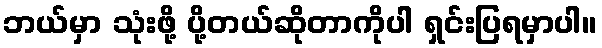
ဘယ်မှာ သုံးဖို့ ပို့တယ်ဆိုတာကိုပါ ရှင်းပြရမှာပါ။